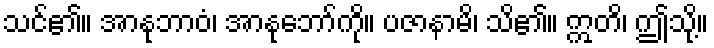
သင်၏။ အာနုဘာဝံ၊ အာနုဘော်ကို။ ပဇာနာမိ၊ သိ၏။ ဣတိ၊ ဤသို့။